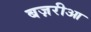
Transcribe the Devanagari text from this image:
बज़रीआ